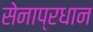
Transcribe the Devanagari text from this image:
सेनाप्रधान